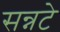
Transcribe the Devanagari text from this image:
सन्नटे